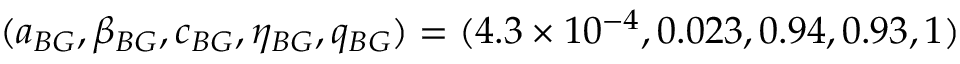
( a _ { B G } , \beta _ { B G } , c _ { B G } , \eta _ { B G } , q _ { B G } ) = ( 4 . 3 \times 1 0 ^ { - 4 } , 0 . 0 2 3 , 0 . 9 4 , 0 . 9 3 , 1 )